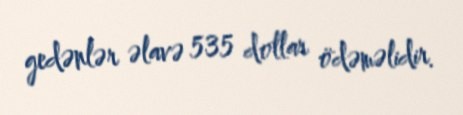
gedənlər əlavə 535 dollar ödəməlidir.